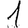
Digit: 1